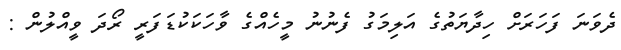
ދެވަނަ ފަހަރަށް ހިދާޔަތުގެ އަލިމަގު ފެނުނު މީހެއްގެ ވާހަކަކުޑަފަރީ ރޯދަ ވީއްލުން :